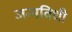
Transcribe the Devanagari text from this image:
जन्मविधी